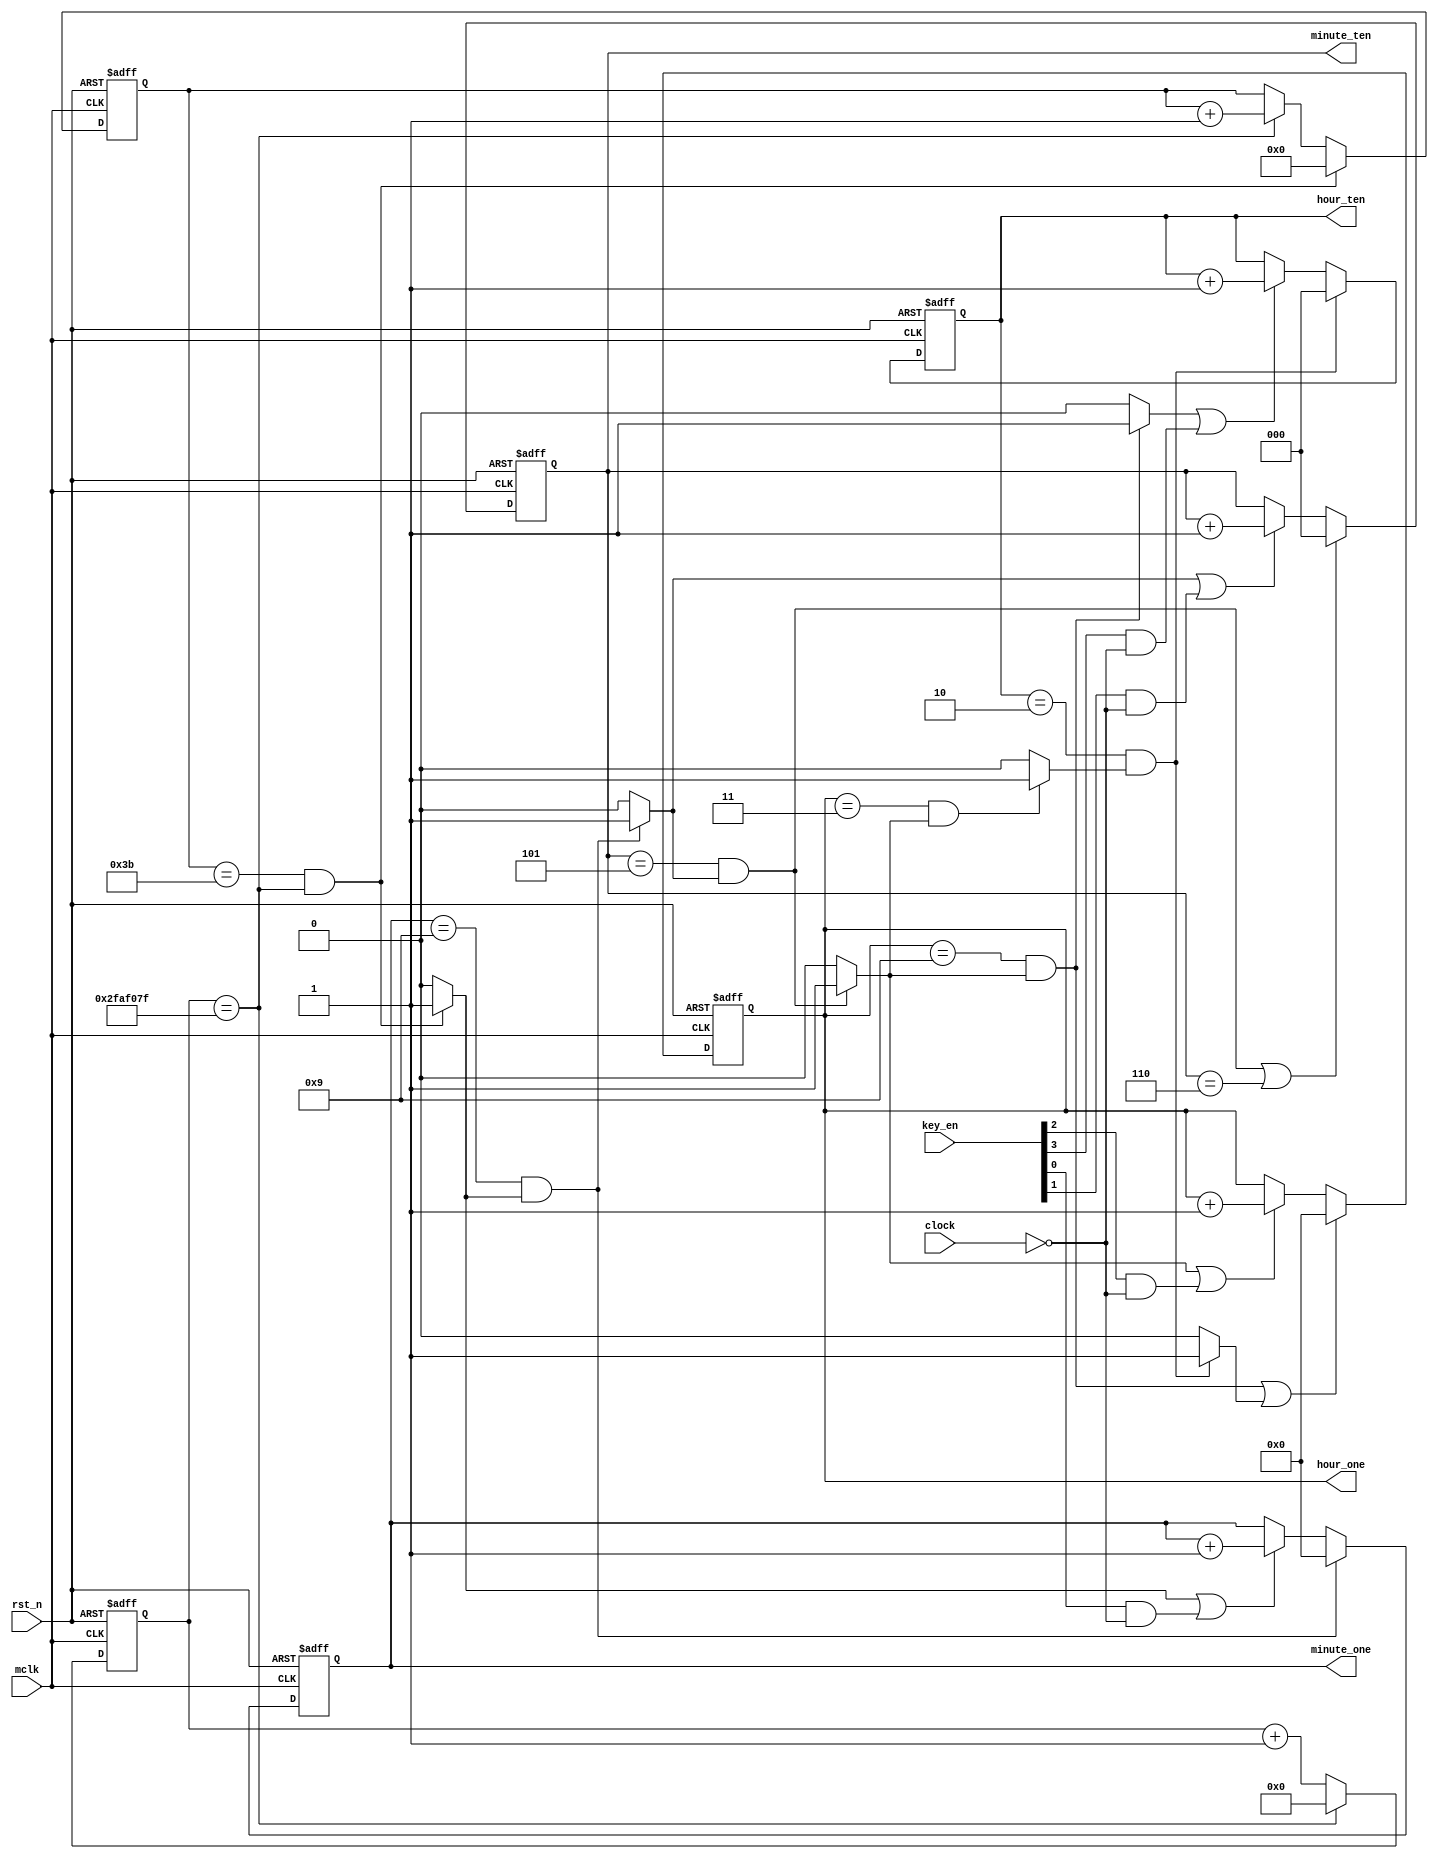
`timescale 1ns / 1ps
//////////////////////////////////////////////////////////////////////////////////
// Company: 
// Engineer: 
// 
// Design Name: 
// Module Name:    cnt_clk 
// Project Name: 
// Target Devices: 
// Tool versions: 
// Description: 
//
// Dependencies: 
//
// Revision: 
// Revision 0.01 - File Created
// Additional Comments: 
//
//////////////////////////////////////////////////////////////////////////////////
module cnt_clk(
			input mclk,
			input rst_n,
			input clock,
			input [3:0] key_en,
			output reg [2:0] hour_ten,
			output reg [3:0] hour_one,
			output reg [2:0] minute_ten,
			output reg [3:0] minute_one
    );
    
    parameter TIME = 26'd49999999;
    //parameter TIME = 26'd49;//
    
    reg [25:0] cnt;//
    reg [5:0] cnt_s;//
    wire flag_second;//59
    wire flag_minute_one;//599
    wire flag_minute_ten;//5995
    wire flag_hour_one1;//59959
    wire flag_hour_one2;//59953
    wire flag_hour_ten;//59953,2
    
    //
    always @(posedge mclk or negedge rst_n)
    begin
    	if(!rst_n)
    		cnt <= 26'b0;
    	else if(cnt == TIME)
    		cnt <= 26'b0;
    	else
    		cnt <= cnt + 1'b1;
    	end
    
    //	
    always @(posedge mclk or negedge rst_n)
    begin
    	if(!rst_n)
    		cnt_s <= 6'b0;
    	else if(cnt_s == 59 && cnt == TIME)
    		cnt_s <= 6'b0;
    	else if(cnt == TIME)
    		cnt_s <= cnt_s + 1'b1;
    	else 
    		cnt_s <= cnt_s;
    	end
    assign flag_second = (cnt_s == 59 && cnt == TIME)? 1'b1:1'b0;
    
    //
    always @(posedge mclk or negedge rst_n)
    begin
    	if(!rst_n)
    		minute_one <= 4'b0;
    	else if(minute_one == 9 && flag_second)
    		minute_one <= 4'b0;
    	else if(flag_second || key_en[0] && !clock)
    		minute_one <= minute_one + 1'b1;
    	else 
    		minute_one <= minute_one;
    	end
    assign flag_minute_one = (minute_one == 9 && flag_second)?1'b1:1'b0;
    
    //
    always @(posedge mclk or negedge rst_n)
    begin
    	if(!rst_n)
    		minute_ten <= 3'b0;
    	else if((minute_ten == 5 && flag_minute_one) || minute_ten == 6)
    		minute_ten <= 3'b0;
    	else if(flag_minute_one || key_en[1] && !clock)
    		minute_ten <= minute_ten + 1'b1;
    	else 
    		minute_ten <= minute_ten;
    	end
   	assign flag_minute_ten = (minute_ten == 5 && flag_minute_one)?1'b1:1'b0;
   	
   	//
    always @(posedge mclk or negedge rst_n)
    begin
    	if(!rst_n)
    		hour_one <= 4'b0;
    	else if(hour_one == 9 && flag_minute_ten || flag_hour_ten)
    		hour_one <= 4'b0;
    	else if(flag_minute_ten || key_en[2] && !clock)
    		hour_one <= hour_one + 1'b1;
    	else 
    		hour_one <= hour_one;
    	end
    assign flag_hour_one1 = (hour_one == 9 && flag_minute_ten)?1'b1:1'b0;
    assign flag_hour_one2 = (hour_one == 3 && flag_minute_ten)?1'b1:1'b0;
    
    //
    always @(posedge mclk or negedge rst_n)
    begin
    	if(!rst_n)
    		hour_ten <= 3'b0;
    	else if(hour_ten == 2 && flag_hour_one2)
    		hour_ten <= 3'b0;
    	else if(flag_hour_one1 || key_en[3] && !clock)
    		hour_ten <= hour_ten + 1'b1;
    	else 
    		hour_ten <= hour_ten;
    	end
    assign flag_hour_ten = (hour_ten == 2 && flag_hour_one2)?1'b1:1'b0;

endmodule